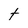
Character: t